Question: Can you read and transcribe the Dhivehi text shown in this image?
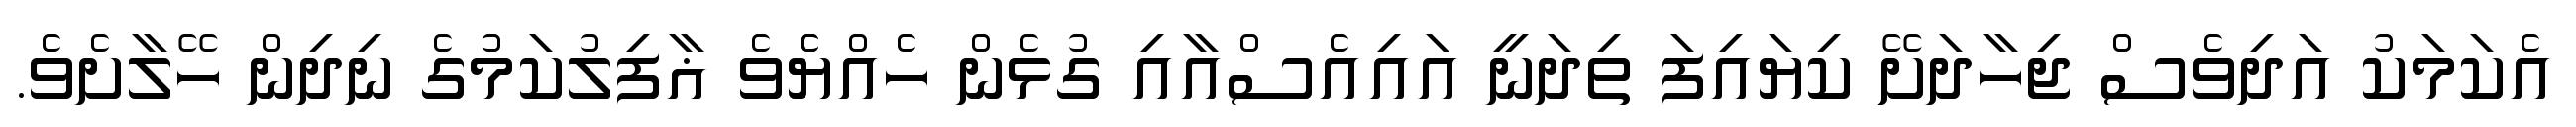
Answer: އެކަމަކު އަދިވެސް ޖިހާދަށޭ ކިޔައިފަ ތިދަނީ އައިއެސްއާއި ގުޅެން ހެއްޔެެވެ ޣާފިލުކަމުގެ ނިދިން ހޭލާށެވެ.